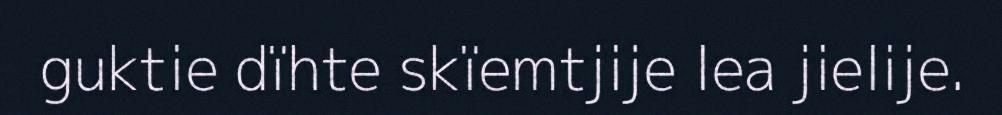
guktie dïhte skïemtjije lea jielije.